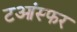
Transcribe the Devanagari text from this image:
टआंस्फर